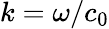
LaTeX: k=\omega/c_{0}